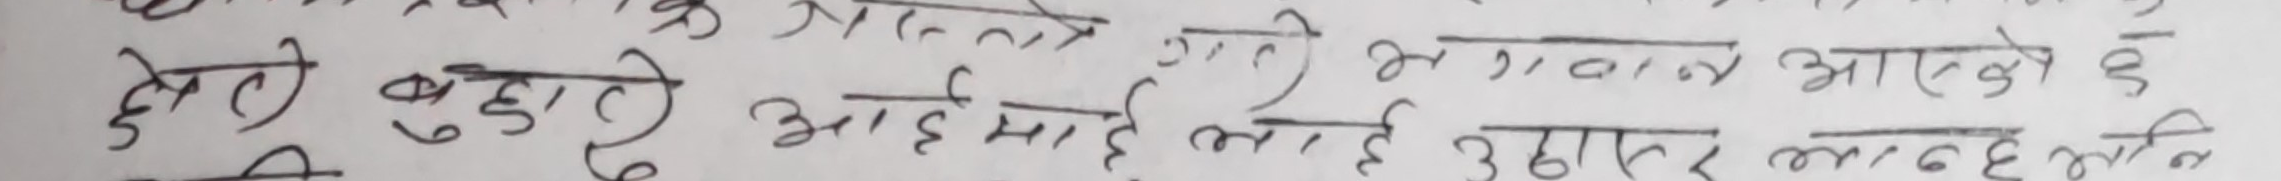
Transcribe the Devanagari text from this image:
के अहले गर्छ भगवान आएको छ
देवरी बुहारी आईमाई लाई उहाँले आनन्द छैन